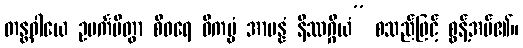
တန္တဝါယေ ဥပင်္ကမိတွာ စီဝရေ ဝိကပ္ပံ အာပန္နံ နိဿဂ္ဂိယံ” စသည်ဖြင့် စွန့်အပ်၏။